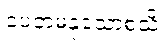
ပေတမနုသောစသိ